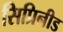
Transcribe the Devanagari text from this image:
सिप्रिनीड